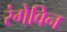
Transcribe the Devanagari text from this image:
रंगेविन